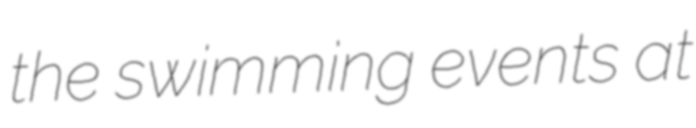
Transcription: the swimming events at